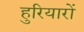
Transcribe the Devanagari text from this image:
हुरियारों